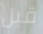
قبل